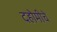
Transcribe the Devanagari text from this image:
दहोमीचे